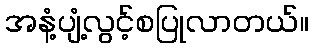
အနံ့ပျံ့လွင့်စပြုလာတယ်။